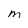
Character: m